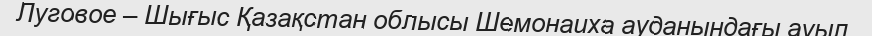
Луговое – Шығыс Қазақстан облысы Шемонаиха ауданындағы ауыл.